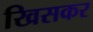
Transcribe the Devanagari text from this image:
खिसकर